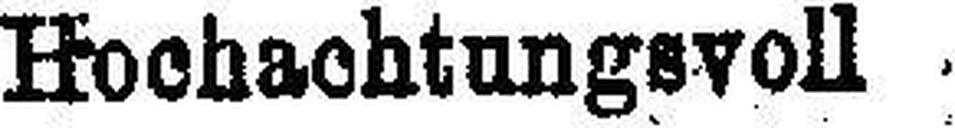
Hochachtungsvoll